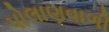
પોલાણવાળી